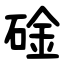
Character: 碒